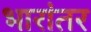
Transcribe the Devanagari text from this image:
भारांतर